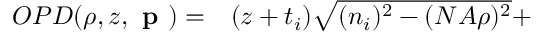
\begin{array} { c l } { O P D ( \rho , z , \textbf { p } ) = } & { ( z + t _ { i } ) \sqrt { ( n _ { i } ) ^ { 2 } - ( N A \rho ) ^ { 2 } } + } \end{array}